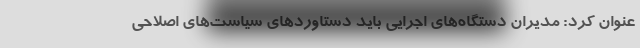
عنوان کرد: مدیران دستگاه‌های اجرایی باید دستاوردهای سیاست‌های اصلاحی